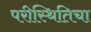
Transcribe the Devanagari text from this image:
परीस्थितिचा